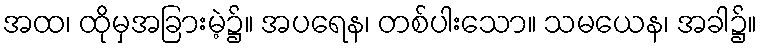
အထ၊ ထိုမှအခြားမဲ့၌။ အပရေန၊ တစ်ပါးသော။ သမယေန၊ အခါ၌။